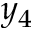
y _ { 4 }